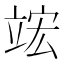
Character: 竤